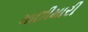
માછીમારી